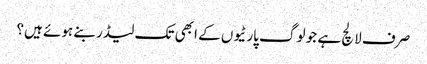
صرف لالچ ہے جو لوگ پارٹیوں کے ابھی تک لیڈر بنے ہوئے ہیں؟